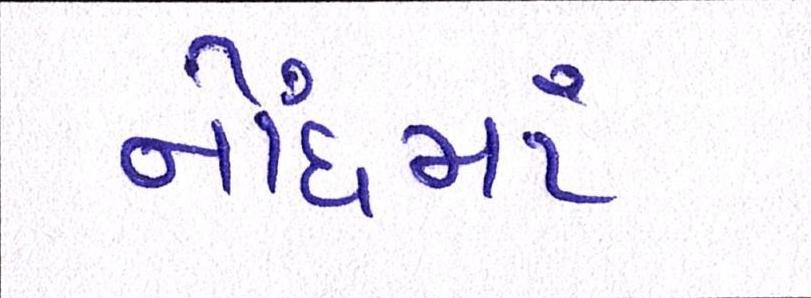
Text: નોંધમાં